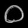
Digit: ၀